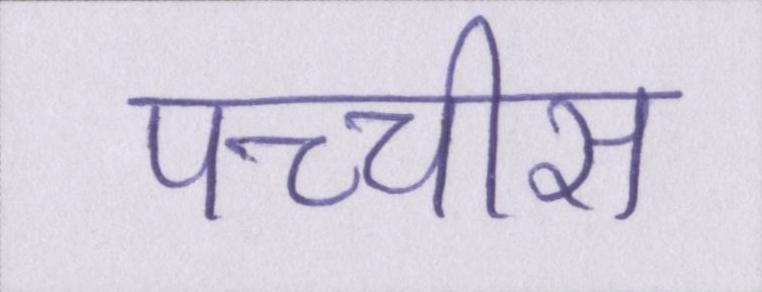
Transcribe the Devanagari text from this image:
पच्चीस